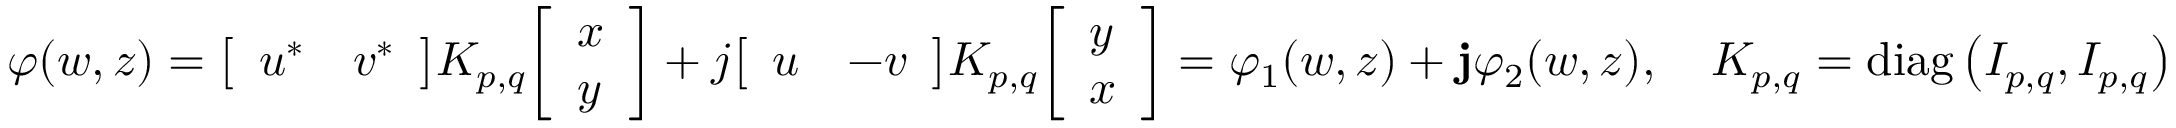
\varphi ( w , z ) = { \left[ \begin{array} { l l } { u ^ { * } } & { v ^ { * } } \end{array} \right] } K _ { p , q } { \left[ \begin{array} { l } { x } \\ { y } \end{array} \right] } + j { \left[ \begin{array} { l l } { u } & { - v } \end{array} \right] } K _ { p , q } { \left[ \begin{array} { l } { y } \\ { x } \end{array} \right] } = \varphi _ { 1 } ( w , z ) + \mathbf { j } \varphi _ { 2 } ( w , z ) , \quad K _ { p , q } = \mathrm { d i a g } \left( I _ { p , q } , I _ { p , q } \right)